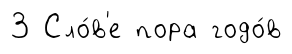
3 Сло́в'е пора годо́в